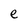
Character: e